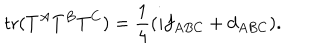
LaTeX: \mathrm { t r } ( T ^ { A } T ^ { B } T ^ { C } ) = { \frac { 1 } { 4 } } ( i f _ { A B C } + d _ { A B C } ) .